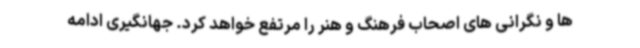
ها و نگرانی های اصحاب فرهنگ و هنر را مرتفع خواهد کرد. جهانگیری ادامه